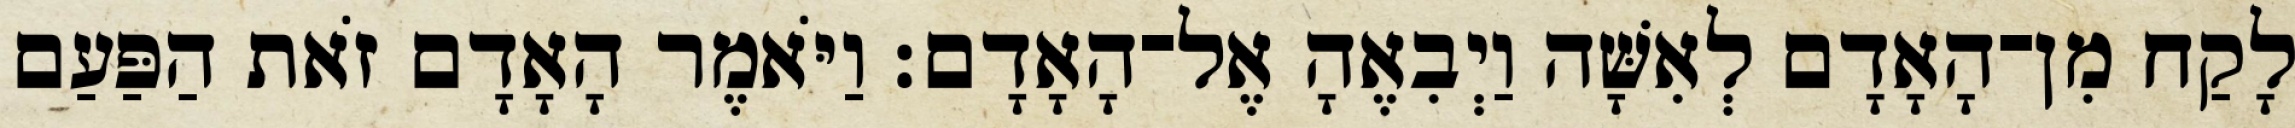
לָקַח מִן־הָאָדָם לְאִשָּׁה וַיְבִאֶהָ אֶל־הָאָדָם׃ וַיֹּאמֶר הָאָדָם זֹאת הַפַּעַם